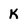
Character: K